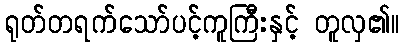
ရုတ်တရက်သော်ပင့်ကူကြီးနှင့် တူလှ၏။